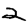
Digit: 2